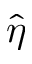
\hat { \eta }